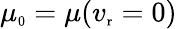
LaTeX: \mu_{\scriptsize\textrm{0}}=\mu(v_{\scriptsize\textrm{r}}=0)